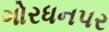
ગોરધનપર